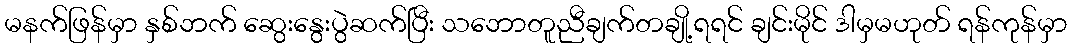
မနက်ဖြန်မှာ နှစ်ဘက် ဆွေးနွေးပွဲဆက်ပြီး သဘောတူညီချက်တချို့ရရင် ချင်းမိုင် ဒါမှမဟုတ် ရန်ကုန်မှာ